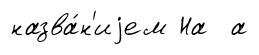
назва́н'иjем На а